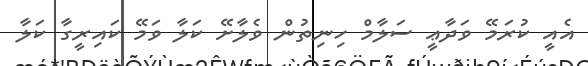
އެއީ ކުރަމޭ ވަދާޢީ ސަލާމް ހިނިތުން ވެލާށޭ ކަލާ ވަމޭ ކައިރީގާ ކަލާ